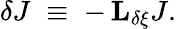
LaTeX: \delta J\; \equiv\; -\, {\mathbf L}_{\delta\xi}J.